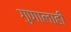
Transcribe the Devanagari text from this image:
गुणालाही